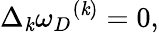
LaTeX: \Delta_{\mathit{k}}{\omega_{D}}^{(\mathit{k})}=0,